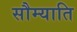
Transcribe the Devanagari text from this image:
सौम्याति